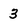
Character: 3